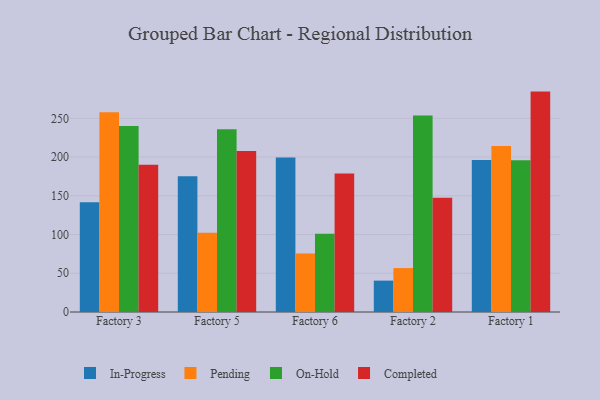
{"axis": {"x": "Factory", "y": "Inventory Turnover"}, "legend": ["Completed", "In-Progress", "On-Hold", "Pending"], "data": [{"x": "Factory 3", "y": 141.8, "type": "In-Progress"}, {"x": "Factory 3", "y": 257.8, "type": "Pending"}, {"x": "Factory 3", "y": 240.0, "type": "On-Hold"}, {"x": "Factory 3", "y": 190.0, "type": "Completed"}, {"x": "Factory 5", "y": 175.1, "type": "In-Progress"}, {"x": "Factory 5", "y": 102.3, "type": "Pending"}, {"x": "Factory 5", "y": 235.9, "type": "On-Hold"}, {"x": "Factory 5", "y": 207.9, "type": "Completed"}, {"x": "Factory 6", "y": 199.5, "type": "In-Progress"}, {"x": "Factory 6", "y": 75.6, "type": "Pending"}, {"x": "Factory 6", "y": 100.9, "type": "On-Hold"}, {"x": "Factory 6", "y": 178.7, "type": "Completed"}, {"x": "Factory 2", "y": 40.5, "type": "In-Progress"}, {"x": "Factory 2", "y": 56.7, "type": "Pending"}, {"x": "Factory 2", "y": 253.8, "type": "On-Hold"}, {"x": "Factory 2", "y": 147.4, "type": "Completed"}, {"x": "Factory 1", "y": 196.1, "type": "In-Progress"}, {"x": "Factory 1", "y": 214.2, "type": "Pending"}, {"x": "Factory 1", "y": 196.0, "type": "On-Hold"}, {"x": "Factory 1", "y": 284.5, "type": "Completed"}]}